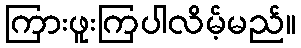
ကြားဖူးကြပါလိမ့်မည်။